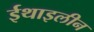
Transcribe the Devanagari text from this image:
ईथाइलीन